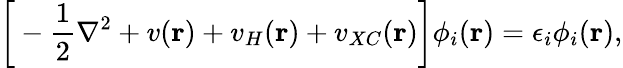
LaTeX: \bigg[-\frac{1}{2}\nabla^{2}+v(\mathbf{r})+v_{H}(\mathbf{r})+v_{XC}(\mathbf{r})\bigg]\phi_{i}(\mathbf{r})=\epsilon_{i}\phi_{i}(\mathbf{r}),